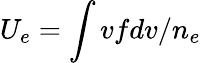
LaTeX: U_{e}=\int vfdv/n_{e}